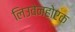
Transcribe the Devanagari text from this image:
लिउवेनहोएक